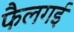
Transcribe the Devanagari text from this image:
फैलगई